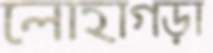
লোহাগড়া